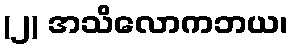
(၂) အသိလောကဘယ၊